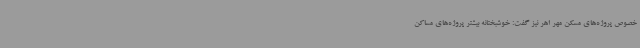
خصوص پروژه‌های مسکن مهر اهر نیز گفت: خوشبختانه بیشتر پروژه‌های مساکن